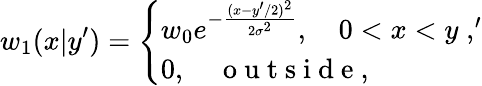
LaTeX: w_{1}(x|y^{\prime})=\left\{ \begin{array}{l}{{w_{0}}e^{-{\frac{(x-y^{\prime}/2)^{2}}{2\sigma^{2}}}},\quad 0<x<y\; ,^{\prime}}\\ {0,\quad\mathrm{~o~u~t~s~i~d~e~,~}}\end{array}\right.